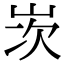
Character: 𡷑